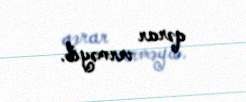
qərar verməyib.